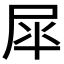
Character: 𭕝